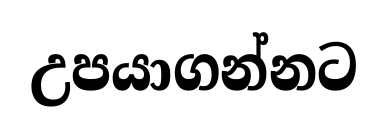
උපයාගන්නට